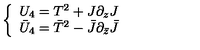
\left\{ \begin{array} { l } { U _ { 4 } = T ^ { 2 } + J \partial _ { z } J } \\ { \bar { U } _ { 4 } = \bar { T } ^ { 2 } - \bar { J } \partial _ { \bar { z } } \bar { J } } \\ \end{array} \right.